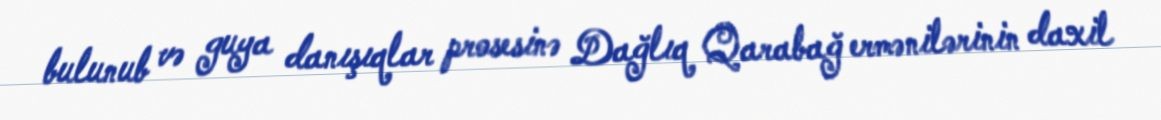
bulunub və guya danışıqlar prosesinə Dağlıq Qarabağ ermənilərinin daxil